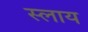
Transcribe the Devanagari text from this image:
स्लाय